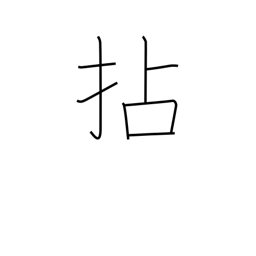
Meaning: wring